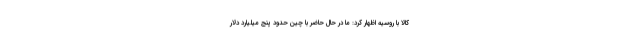
کالا با روسیه اظهار کرد: ما در حال حاضر با چین حدود پنج میلیارد دلار